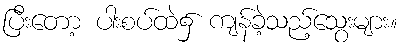
ပြီးတော့ ပါးစပ်ထဲ၌ ကျန်ခဲ့သည့်သွေးများ။